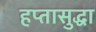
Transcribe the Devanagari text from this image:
हप्तासुद्धा